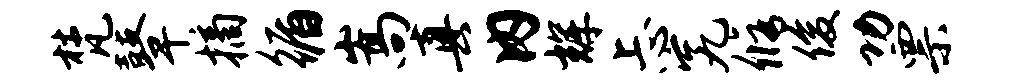
梵鼙摘循嵩真内辉忐究修俊功票